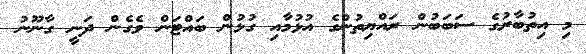
މި އިތުބާރުގެ ސަބަބުން ރައްޔިތުންގެ އުޅުމާއި ގުޅުން ބައްޓަން ވެގެން ދަނީ ގާނޫނު